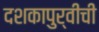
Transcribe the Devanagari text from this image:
दशकापुर्वीची